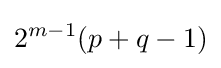
2^{m-1}(p+q-1)